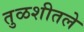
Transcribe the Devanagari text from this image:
तुळशीतले